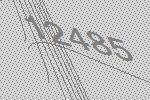
12485